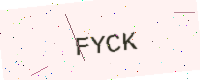
Text: FYCK